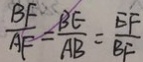
\frac { B F } { A F } = \frac { B E } { A B } = \frac { E F } { B F }